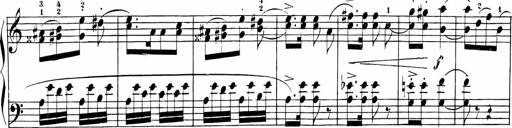
Title: Sonatinas
Composer: Andrew Violette